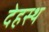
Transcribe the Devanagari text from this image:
देहस्थ